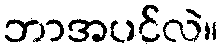
ဘာအပင်လဲ။